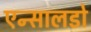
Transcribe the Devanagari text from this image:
एन्सालडो